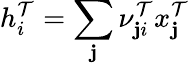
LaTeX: h_{i}^{\mathcal{T}}=\sum_{\mathbf{j}}\nu_{\mathbf{j}i}^{\mathcal{T}}x_{\mathbf{j}}^{\mathcal{T}}